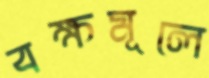
বক্ষমূলে